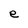
Character: e